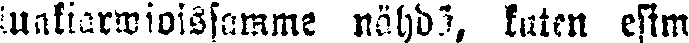
luakiarwioistamme nähdä, kuten esim